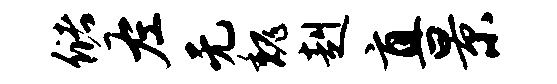
储左无魏赳直景